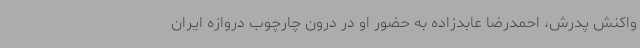
واکنش پدرش، احمدرضا عابدزاده به حضور او در درون چارچوب دروازه ایران